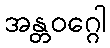
အန္တဝဂ္ဂေါ